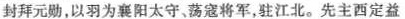
封拜元勋，以羽为襄阳太守、荡寇将军，驻江北。先主西定益